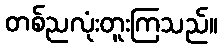
တစ်ညလုံးတူးကြသည်။